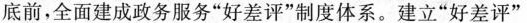
底前，全面建成政务服务”好差评”制度体系。建立”好差评”